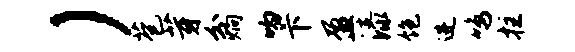
）苞芽分炯吻卞盈漆饱进鸣拄